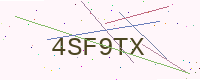
Text: 4SF9TX